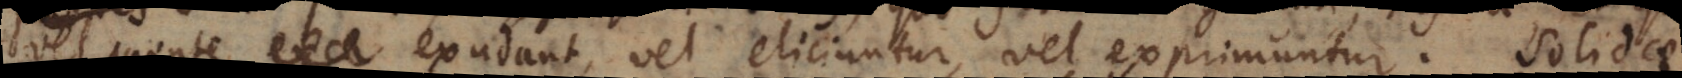
sponte excr exudant, vel eliciuntur, vel exprimuntur. Solidae